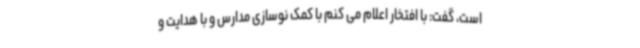
است، گفت: با افتخار اعلام می کنم با کمک نوسازی مدارس و با هدایت و